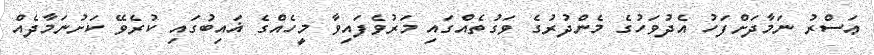
ޢަސްރު ނަމާދަށްފަހު އެދުވަހުގެ މެންދުރުގެ ވަގުތެއްގައި މަރުވެފައިވާ މީހެއްގެ ޣައިބުގައި ކުރެވޭ ކަށުނަމާދެއް